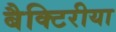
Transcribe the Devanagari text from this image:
बैक्टिरीया